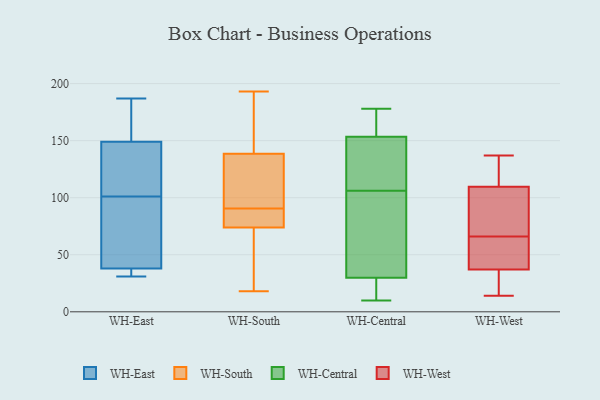
{"axis": {"x": "Net Income (USD K)", "y": "Value"}, "legend": ["WH-Central", "WH-East", "WH-South", "WH-West"], "data": [{"x": "", "y": 51, "type": "WH-East"}, {"x": "", "y": 119, "type": "WH-East"}, {"x": "", "y": 37, "type": "WH-East"}, {"x": "", "y": 32, "type": "WH-East"}, {"x": "", "y": 89, "type": "WH-East"}, {"x": "", "y": 110, "type": "WH-East"}, {"x": "", "y": 168, "type": "WH-East"}, {"x": "", "y": 187, "type": "WH-East"}, {"x": "", "y": 31, "type": "WH-East"}, {"x": "", "y": 149, "type": "WH-East"}, {"x": "", "y": 174, "type": "WH-East"}, {"x": "", "y": 141, "type": "WH-East"}, {"x": "", "y": 38, "type": "WH-East"}, {"x": "", "y": 92, "type": "WH-East"}, {"x": "", "y": 193, "type": "WH-South"}, {"x": "", "y": 86, "type": "WH-South"}, {"x": "", "y": 132, "type": "WH-South"}, {"x": "", "y": 89, "type": "WH-South"}, {"x": "", "y": 18, "type": "WH-South"}, {"x": "", "y": 64, "type": "WH-South"}, {"x": "", "y": 179, "type": "WH-South"}, {"x": "", "y": 121, "type": "WH-South"}, {"x": "", "y": 161, "type": "WH-South"}, {"x": "", "y": 86, "type": "WH-South"}, {"x": "", "y": 62, "type": "WH-South"}, {"x": "", "y": 84, "type": "WH-South"}, {"x": "", "y": 145, "type": "WH-South"}, {"x": "", "y": 92, "type": "WH-South"}, {"x": "", "y": 103, "type": "WH-South"}, {"x": "", "y": 63, "type": "WH-South"}, {"x": "", "y": 16, "type": "WH-Central"}, {"x": "", "y": 10, "type": "WH-Central"}, {"x": "", "y": 144, "type": "WH-Central"}, {"x": "", "y": 37, "type": "WH-Central"}, {"x": "", "y": 133, "type": "WH-Central"}, {"x": "", "y": 17, "type": "WH-Central"}, {"x": "", "y": 178, "type": "WH-Central"}, {"x": "", "y": 106, "type": "WH-Central"}, {"x": "", "y": 155, "type": "WH-Central"}, {"x": "", "y": 168, "type": "WH-Central"}, {"x": "", "y": 34, "type": "WH-Central"}, {"x": "", "y": 11, "type": "WH-Central"}, {"x": "", "y": 104, "type": "WH-Central"}, {"x": "", "y": 160, "type": "WH-Central"}, {"x": "", "y": 43, "type": "WH-Central"}, {"x": "", "y": 139, "type": "WH-Central"}, {"x": "", "y": 153, "type": "WH-Central"}, {"x": "", "y": 14, "type": "WH-West"}, {"x": "", "y": 108, "type": "WH-West"}, {"x": "", "y": 41, "type": "WH-West"}, {"x": "", "y": 94, "type": "WH-West"}, {"x": "", "y": 126, "type": "WH-West"}, {"x": "", "y": 44, "type": "WH-West"}, {"x": "", "y": 71, "type": "WH-West"}, {"x": "", "y": 32, "type": "WH-West"}, {"x": "", "y": 61, "type": "WH-West"}, {"x": "", "y": 33, "type": "WH-West"}, {"x": "", "y": 137, "type": "WH-West"}, {"x": "", "y": 111, "type": "WH-West"}]}